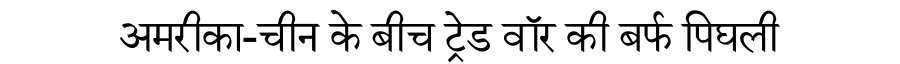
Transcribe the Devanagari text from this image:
अमरीका-चीन के बीच ट्रेड वॉर की बर्फ पिघली